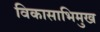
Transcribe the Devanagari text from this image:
विकासाभिमुख